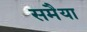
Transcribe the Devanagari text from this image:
समैया